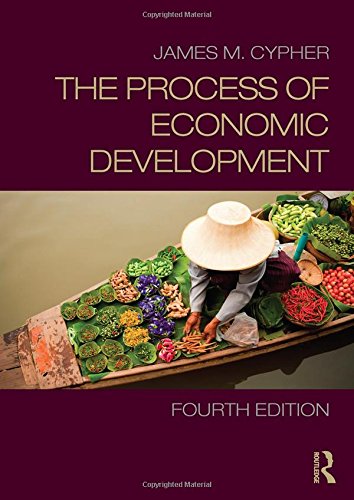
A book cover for The Process of Economic Development; James Cypher; Business & Money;